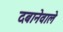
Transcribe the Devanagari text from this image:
दबानेवाले